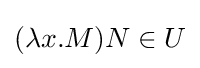
(\lambda x.M)N\in U